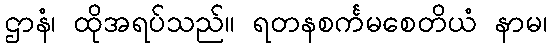
ဌာနံ၊ ထိုအရပ်သည်။ ရတနစင်္ကမစေတိယံ နာမ၊